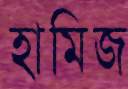
হামিজ